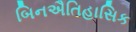
બિનઐતિહાસિક